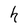
Character: h